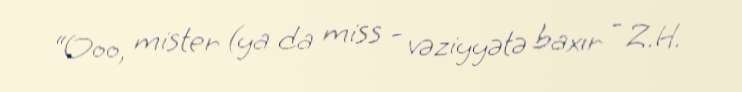
“Ooo, mister (ya da miss - vəziyyətə baxır - Z.H.